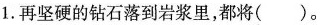
1.再坚硬的钻石落到岩浆里，都将()。